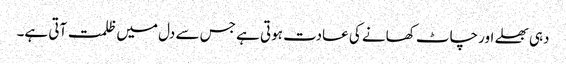
دہی بھلے اور چاٹ کھانے کی عادت ہوتی ہے جس سے دل میں ظلمت آتی ہے۔